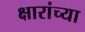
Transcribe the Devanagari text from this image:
क्षारांच्या